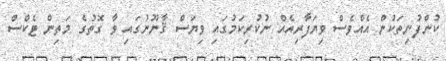
ކުންފުނިތަކުން އެއްވެސް ވިޔަފާރިއެއް ނުކުރިކަމުގައި ވިޔަސް ޤާނޫނުގައި ވާ ގޮތުގެ މަތިން ޓެކްސް